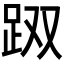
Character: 𰸇